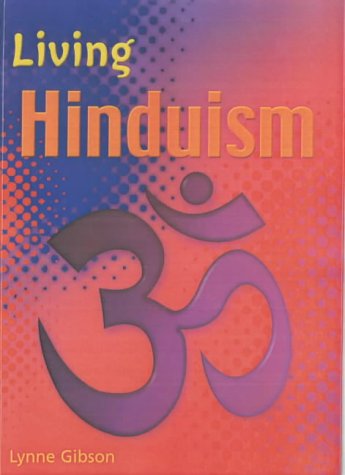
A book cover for Living Hinduism (Living Religions); Andrew Egan; Teen & Young Adult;